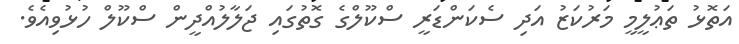
އަތޮޅު ތަޢުލީމީ މަރުކަޒު އަދި ސެކަންޑަރީ ސްކޫލްގެ ގޮތުގައި ޖަލާލުއްދީން ސްކޫލް ހުޅުވިއެވެ.